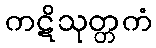
ကဋိသုတ္တကံ